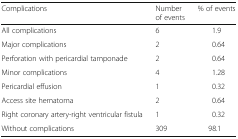
| Complications | Number of events | % of events |
 | --- | --- | --- |
 | All complications | 6 | 1.9 |
 | Major complications | 2 | 0.64 |
 | Perforation with pericardial tamponade | 2 | 0.64 |
 | Minor complications | 4 | 1.28 |
 | Pericardial effusion | 1 | 0.32 |
 | Access site hematoma | 2 | 0.64 |
 | Right coronary artery-right ventricular fistula | 1 | 0.32 |
 | Without complications | 309 | 98.1 |